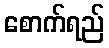
စောက်ရည်